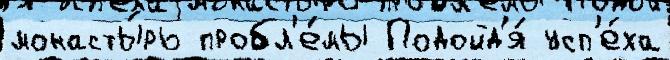
монасты́рь пробл'е́мы Подойд'я́ усп'е́ха